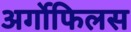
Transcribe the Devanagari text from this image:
अर्गोफिलस